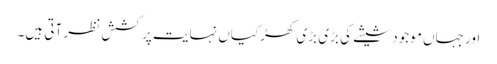
اور جہاں موجود شیشے کی بڑی بڑی کھڑکیاں نہایت پرکشش نظر آتی ہیں۔